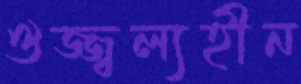
ঔজ্জ্বল্যহীন